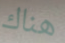
هناك